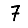
Digit: 7